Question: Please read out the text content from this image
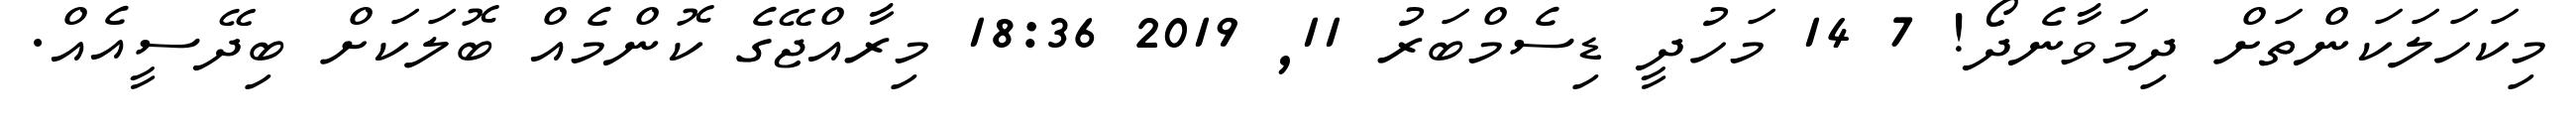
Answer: މިކަހަލަކަންތަށް ދިމަވާނެދޯ! 7 14 މަހުދީ ޑިސެމްބަރު 11, 2019 18:36 މިރާއްޖޭގެ ކޮންމެއް ބޮލަކަށް ބިދޭސީއެއް.